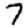
Digit: 7